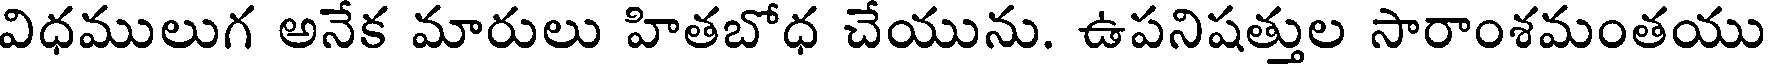
విధములుగ అనేక మారులు హితబోధ చేయును. ఉపనిషత్తుల సారాంశమంతయు